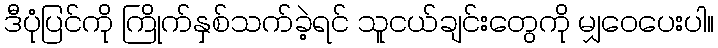
ဒီပုံပြင်ကို ကြိုက်နှစ်သက်ခဲ့ရင် သူငယ်ချင်းတွေကို မျှဝေပေးပါ။